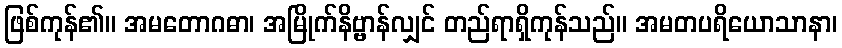
ဖြစ်ကုန်၏။ အမတောဂဓာ၊ အမြိုက်နိဗ္ဗာန်လျှင် တည်ရာရှိကုန်သည်။ အမတပရိယောသာနာ၊